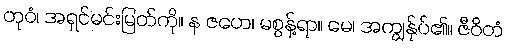
တုဝံ၊ အရှင်မင်းမြတ်ကို။ န ဇဟေ၊ မစွန့်ရာ။ မေ၊ အကျွန်ုပ်၏။ ဇီဝိတံ